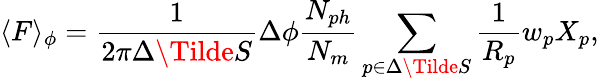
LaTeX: \langle F\rangle_{\phi}=\frac{1}{2\pi\Delta\Tilde{S}}\Delta\phi\frac{N_{ph}}{N_{m}}\sum_{p\in\Delta\Tilde{S}}\frac{1}{R_{p}}w_{p}X_{p},